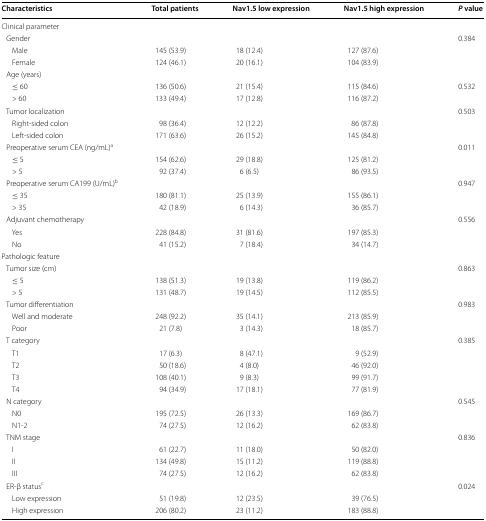
<table><thead><tr><td><b>Characteristics</b></td><td><b>Total patients</b></td><td><b>Nav1.5 low expression</b></td><td><b>Nav1.5 high expression</b></td><td><b><i>P</i> value</b></td></tr></thead><tbody><tr><td colspan="5">Clinical parameter</td></tr><tr><td> Gender</td><td></td><td></td><td></td><td>0.384</td></tr><tr><td>Male</td><td>145 (53.9)</td><td>18 (12.4)</td><td>127 (87.6)</td><td></td></tr><tr><td>Female</td><td>124 (46.1)</td><td>20 (16.1)</td><td>104 (83.9)</td><td></td></tr><tr><td colspan="5"> Age (years)</td></tr><tr><td>≤ 60</td><td>136 (50.6)</td><td>21 (15.4)</td><td>115 (84.6)</td><td>0.532</td></tr><tr><td>&gt; 60</td><td>133 (49.4)</td><td>17 (12.8)</td><td>116 (87.2)</td><td></td></tr><tr><td> Tumor localization</td><td></td><td></td><td></td><td>0.503</td></tr><tr><td>Right-sided colon</td><td>98 (36.4)</td><td>12 (12.2)</td><td>86 (87.8)</td><td></td></tr><tr><td>Left-sided colon</td><td>171 (63.6)</td><td>26 (15.2)</td><td>145 (84.8)</td><td></td></tr><tr><td> Preoperative serum CEA (ng/mL)<sup>a</sup></td><td></td><td></td><td></td><td>0.011</td></tr><tr><td>≤ 5</td><td>154 (62.6)</td><td>29 (18.8)</td><td>125 (81.2)</td><td></td></tr><tr><td>&gt; 5</td><td>92 (37.4)</td><td>6 (6.5)</td><td>86 (93.5)</td><td></td></tr><tr><td> Preoperative serum CA199 (U/mL)<sup>b</sup></td><td></td><td></td><td></td><td>0.947</td></tr><tr><td>≤ 35</td><td>180 (81.1)</td><td>25 (13.9)</td><td>155 (86.1)</td><td></td></tr><tr><td>&gt; 35</td><td>42 (18.9)</td><td>6 (14.3)</td><td>36 (85.7)</td><td></td></tr><tr><td> Adjuvant chemotherapy</td><td></td><td></td><td></td><td>0.556</td></tr><tr><td>Yes</td><td>228 (84.8)</td><td>31 (81.6)</td><td>197 (85.3)</td><td></td></tr><tr><td>No</td><td>41 (15.2)</td><td>7 (18.4)</td><td>34 (14.7)</td><td></td></tr><tr><td colspan="5">Pathologic feature</td></tr><tr><td> Tumor size (cm)</td><td></td><td></td><td></td><td>0.863</td></tr><tr><td>≤ 5</td><td>138 (51.3)</td><td>19 (13.8)</td><td>119 (86.2)</td><td></td></tr><tr><td>&gt; 5</td><td>131 (48.7)</td><td>19 (14.5)</td><td>112 (85.5)</td><td></td></tr><tr><td> Tumor differentiation</td><td></td><td></td><td></td><td>0.983</td></tr><tr><td>Well and moderate</td><td>248 (92.2)</td><td>35 (14.1)</td><td>213 (85.9)</td><td></td></tr><tr><td>Poor</td><td>21 (7.8)</td><td>3 (14.3)</td><td>18 (85.7)</td><td></td></tr><tr><td> T category</td><td></td><td></td><td></td><td>0.385</td></tr><tr><td>T1</td><td>17 (6.3)</td><td>8 (47.1)</td><td>9 (52.9)</td><td></td></tr><tr><td>T2</td><td>50 (18.6)</td><td>4 (8.0)</td><td>46 (92.0)</td><td></td></tr><tr><td>T3</td><td>108 (40.1)</td><td>9 (8.3)</td><td>99 (91.7)</td><td></td></tr><tr><td>T4</td><td>94 (34.9)</td><td>17 (18.1)</td><td>77 (81.9)</td><td></td></tr><tr><td> N category</td><td></td><td></td><td></td><td>0.545</td></tr><tr><td>N0</td><td>195 (72.5)</td><td>26 (13.3)</td><td>169 (86.7)</td><td></td></tr><tr><td>N1-2</td><td>74 (27.5)</td><td>12 (16.2)</td><td>62 (83.8)</td><td></td></tr><tr><td> TNM stage</td><td></td><td></td><td></td><td>0.836</td></tr><tr><td>I</td><td>61 (22.7)</td><td>11 (18.0)</td><td>50 (82.0)</td><td></td></tr><tr><td>II</td><td>134 (49.8)</td><td>15 (11.2)</td><td>119 (88.8)</td><td></td></tr><tr><td>III</td><td>74 (27.5)</td><td>12 (16.2)</td><td>62 (83.8)</td><td></td></tr><tr><td> ER-β status<sup>c</sup></td><td></td><td></td><td></td><td>0.024</td></tr><tr><td>Low expression</td><td>51 (19.8)</td><td>12 (23.5)</td><td>39 (76.5)</td><td></td></tr><tr><td>High expression</td><td>206 (80.2)</td><td>23 (11.2)</td><td>183 (88.8)</td><td></td></tr></tbody></table>